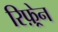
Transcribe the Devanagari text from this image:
रिफ़्रेन